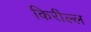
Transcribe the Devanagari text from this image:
किरील्ल